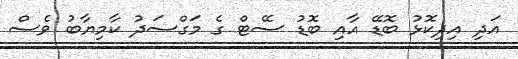
އަދި އިިދިކޮޅު ބޮޑޭ އާއި ބޮޑު ސޭޓް ގެ މަގްސަދު ކާމިޔާބު ވެސް